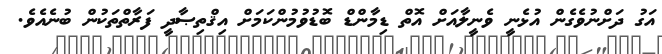
އަގު ދަށްނުވެގެން އުޅެނީ ވެނީލާއަށް އޮތް ޑިމާންޑް ބޮޑުވުމުންކަމަށް އިޤްތިޞާދީ ފަރާތްތަކުން ބުނެއެވެ.